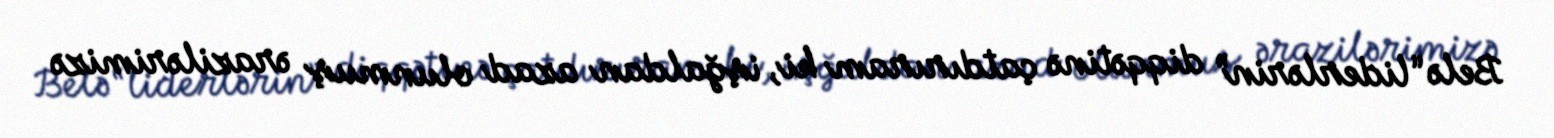
Belə “liderlərin” diqqətinə çatdırıram ki, işğaldan azad olunmuş ərazilərimizə